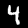
Label: 4